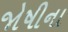
જોષીના